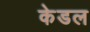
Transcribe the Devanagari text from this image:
केडल